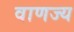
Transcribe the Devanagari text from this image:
वाणज्य